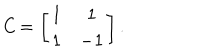
LaTeX: { \it C } = \left[ \begin{array} { c c c c c c c c } { { 1 } } & { { 1 } } \\ { { 1 } } & { { - 1 } } \\ \end{array} \right] .